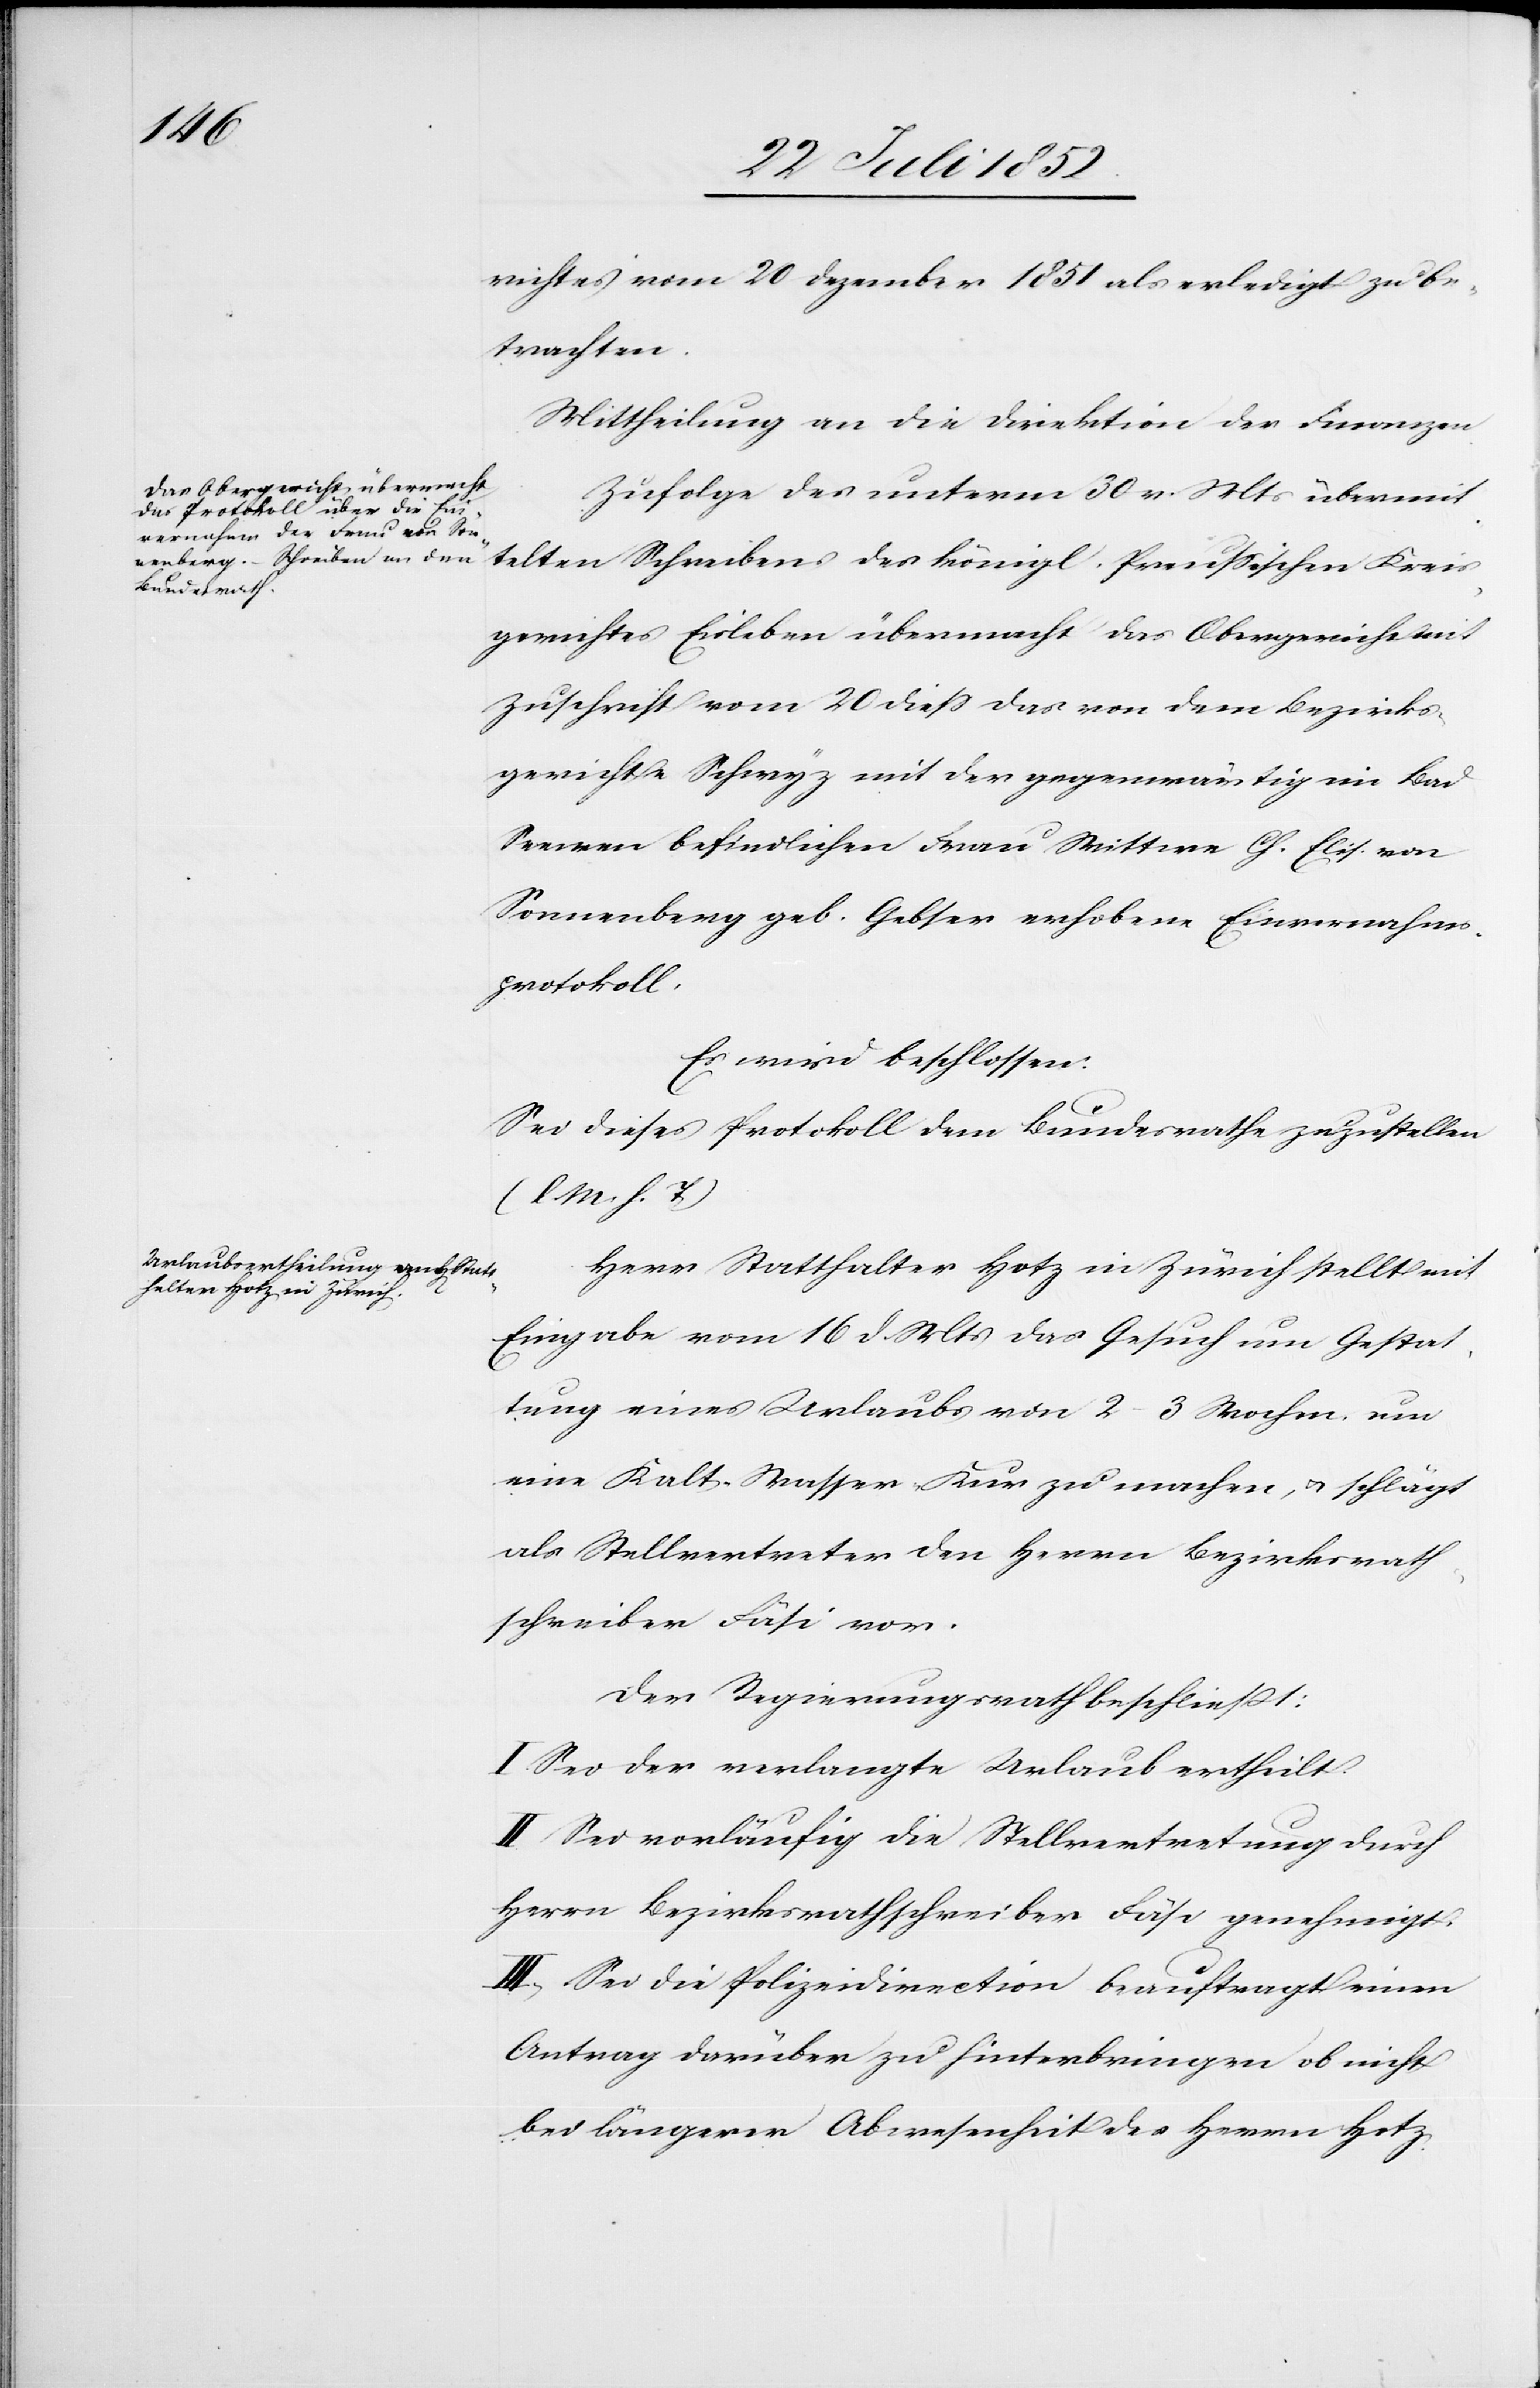
richtes vom 20 Dezember 1851 als erledigt zu be¬
trachten.
Mittheilung an die Direktion der Finanzen.
Zufolge des unterm 30 v. Mts übermit¬
telten Schreibens des königl. Preussischen Kreis¬
gerichtes Eisleben übermacht das Obergericht mit
Zuschrift vom 20 diess das von dem Bezirks¬
gerichte Schwyz mit der gegenwärtig im Bad
Seewen befindlichen Frau Wittwe Ch. Elis. von
Sonnenberg geb. Gebser erhobene Einvernahms¬
protokoll.
Es wird beschlossen:
Sei dieses Protokoll dem Bundesrathe zuzustellen
(l. M. h. T)[.]
Herr Statthalter Hotz in Zürich stellt mit
Eingabe vom 16 d. Mts das Gesuch um Gestat¬
tung eines Urlaubs von 2–3 Wochen, um
eine Kalt-Wasser-Kur zu machen, & schlägt
als Stellvertreter den Herrn Bezirksrath¬
schreiber Fäsi vor.
Der Regierungsrath beschließt:
I. Sei der verlangte Urlaub ertheilt.
II. Sei vorläufig die Stellvertretung durch
Herrn Bezirksrathschreiber Fäsi genehmigt.
III, Sei die Polizeidirection beauftragt einen
Antrag darüber zu hinterbringen ob nicht
bei längerer Abwesenheit des Herrn Hotz